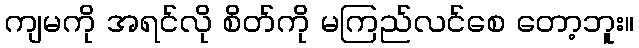
ကျမကို အရင်လို စိတ်ကို မကြည်လင်စေ တော့ဘူး။